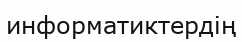
информатиктердің